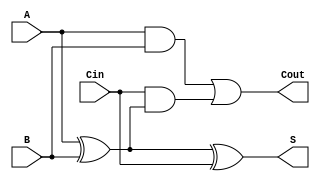
module async_full_adder (
    input wire A,      // First bit input
    input wire B,      // Second bit input
    input wire Cin,    // Carry-in input
    output wire S,     // Sum output
    output wire Cout   // Carry-out output
);

// Intermediate signals
wire AxorB;         // Intermediate XOR result
wire AB;            // A AND B
wire CinAndAxorB;  // Cin AND (A XOR B)

// Compute the sum using XOR gates
assign AxorB = A ^ B;           // A XOR B
assign S = AxorB ^ Cin;         // S = (A XOR B) XOR Cin

// Compute the carry-out using AND and OR gates
assign AB = A & B;              // A AND B
assign CinAndAxorB = Cin & AxorB; // Cin AND (A XOR B)
assign Cout = AB | CinAndAxorB; // Cout = (A AND B) OR (Cin AND (A XOR B))

endmodule